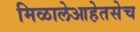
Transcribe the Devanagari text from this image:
मिळालेआहेतसेच